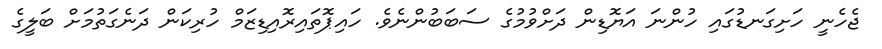
ޖެހެނީ ހަށިގަނޑުގައި ހުންނަ އަޔޮޑިން ދަށްވުމުގެ ސަބަބުންނެވެ. ހައިޕޮތައިރޮއިޑިޒަމް ހުރިކަން ދަނެގަތުމަށް ބަލީގެ